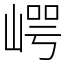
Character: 崿